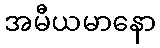
အမီယမာနော